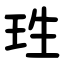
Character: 珄